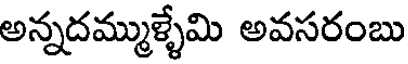
అన్నదమ్ముళ్ళేమి అవసరంబు